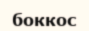
боккос